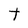
Character: t